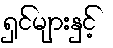
ရှင်များနှင့်